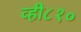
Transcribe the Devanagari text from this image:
व्ही८१०